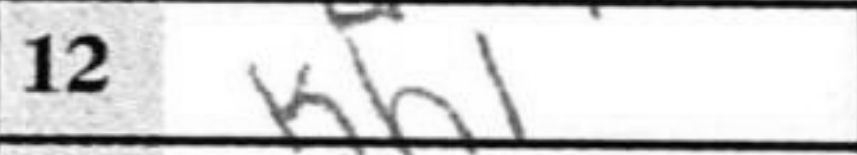
Transcription: Kh1